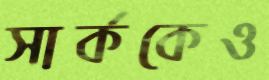
সার্ককেও